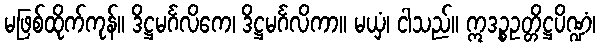
မဖြစ်ထိုက်ကုန်။ ဒိဋ္ဌမင်္ဂလိကေ၊ ဒိဋ္ဌမင်္ဂလိကာ။ မယှံ၊ ငါသည်။ ဣဒဉ္စဥတ္တိဋ္ဌပိဏ္ဍံ၊